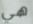
هي